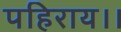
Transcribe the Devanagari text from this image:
पहिराय।।